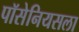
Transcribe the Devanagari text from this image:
पॉसेनियसला